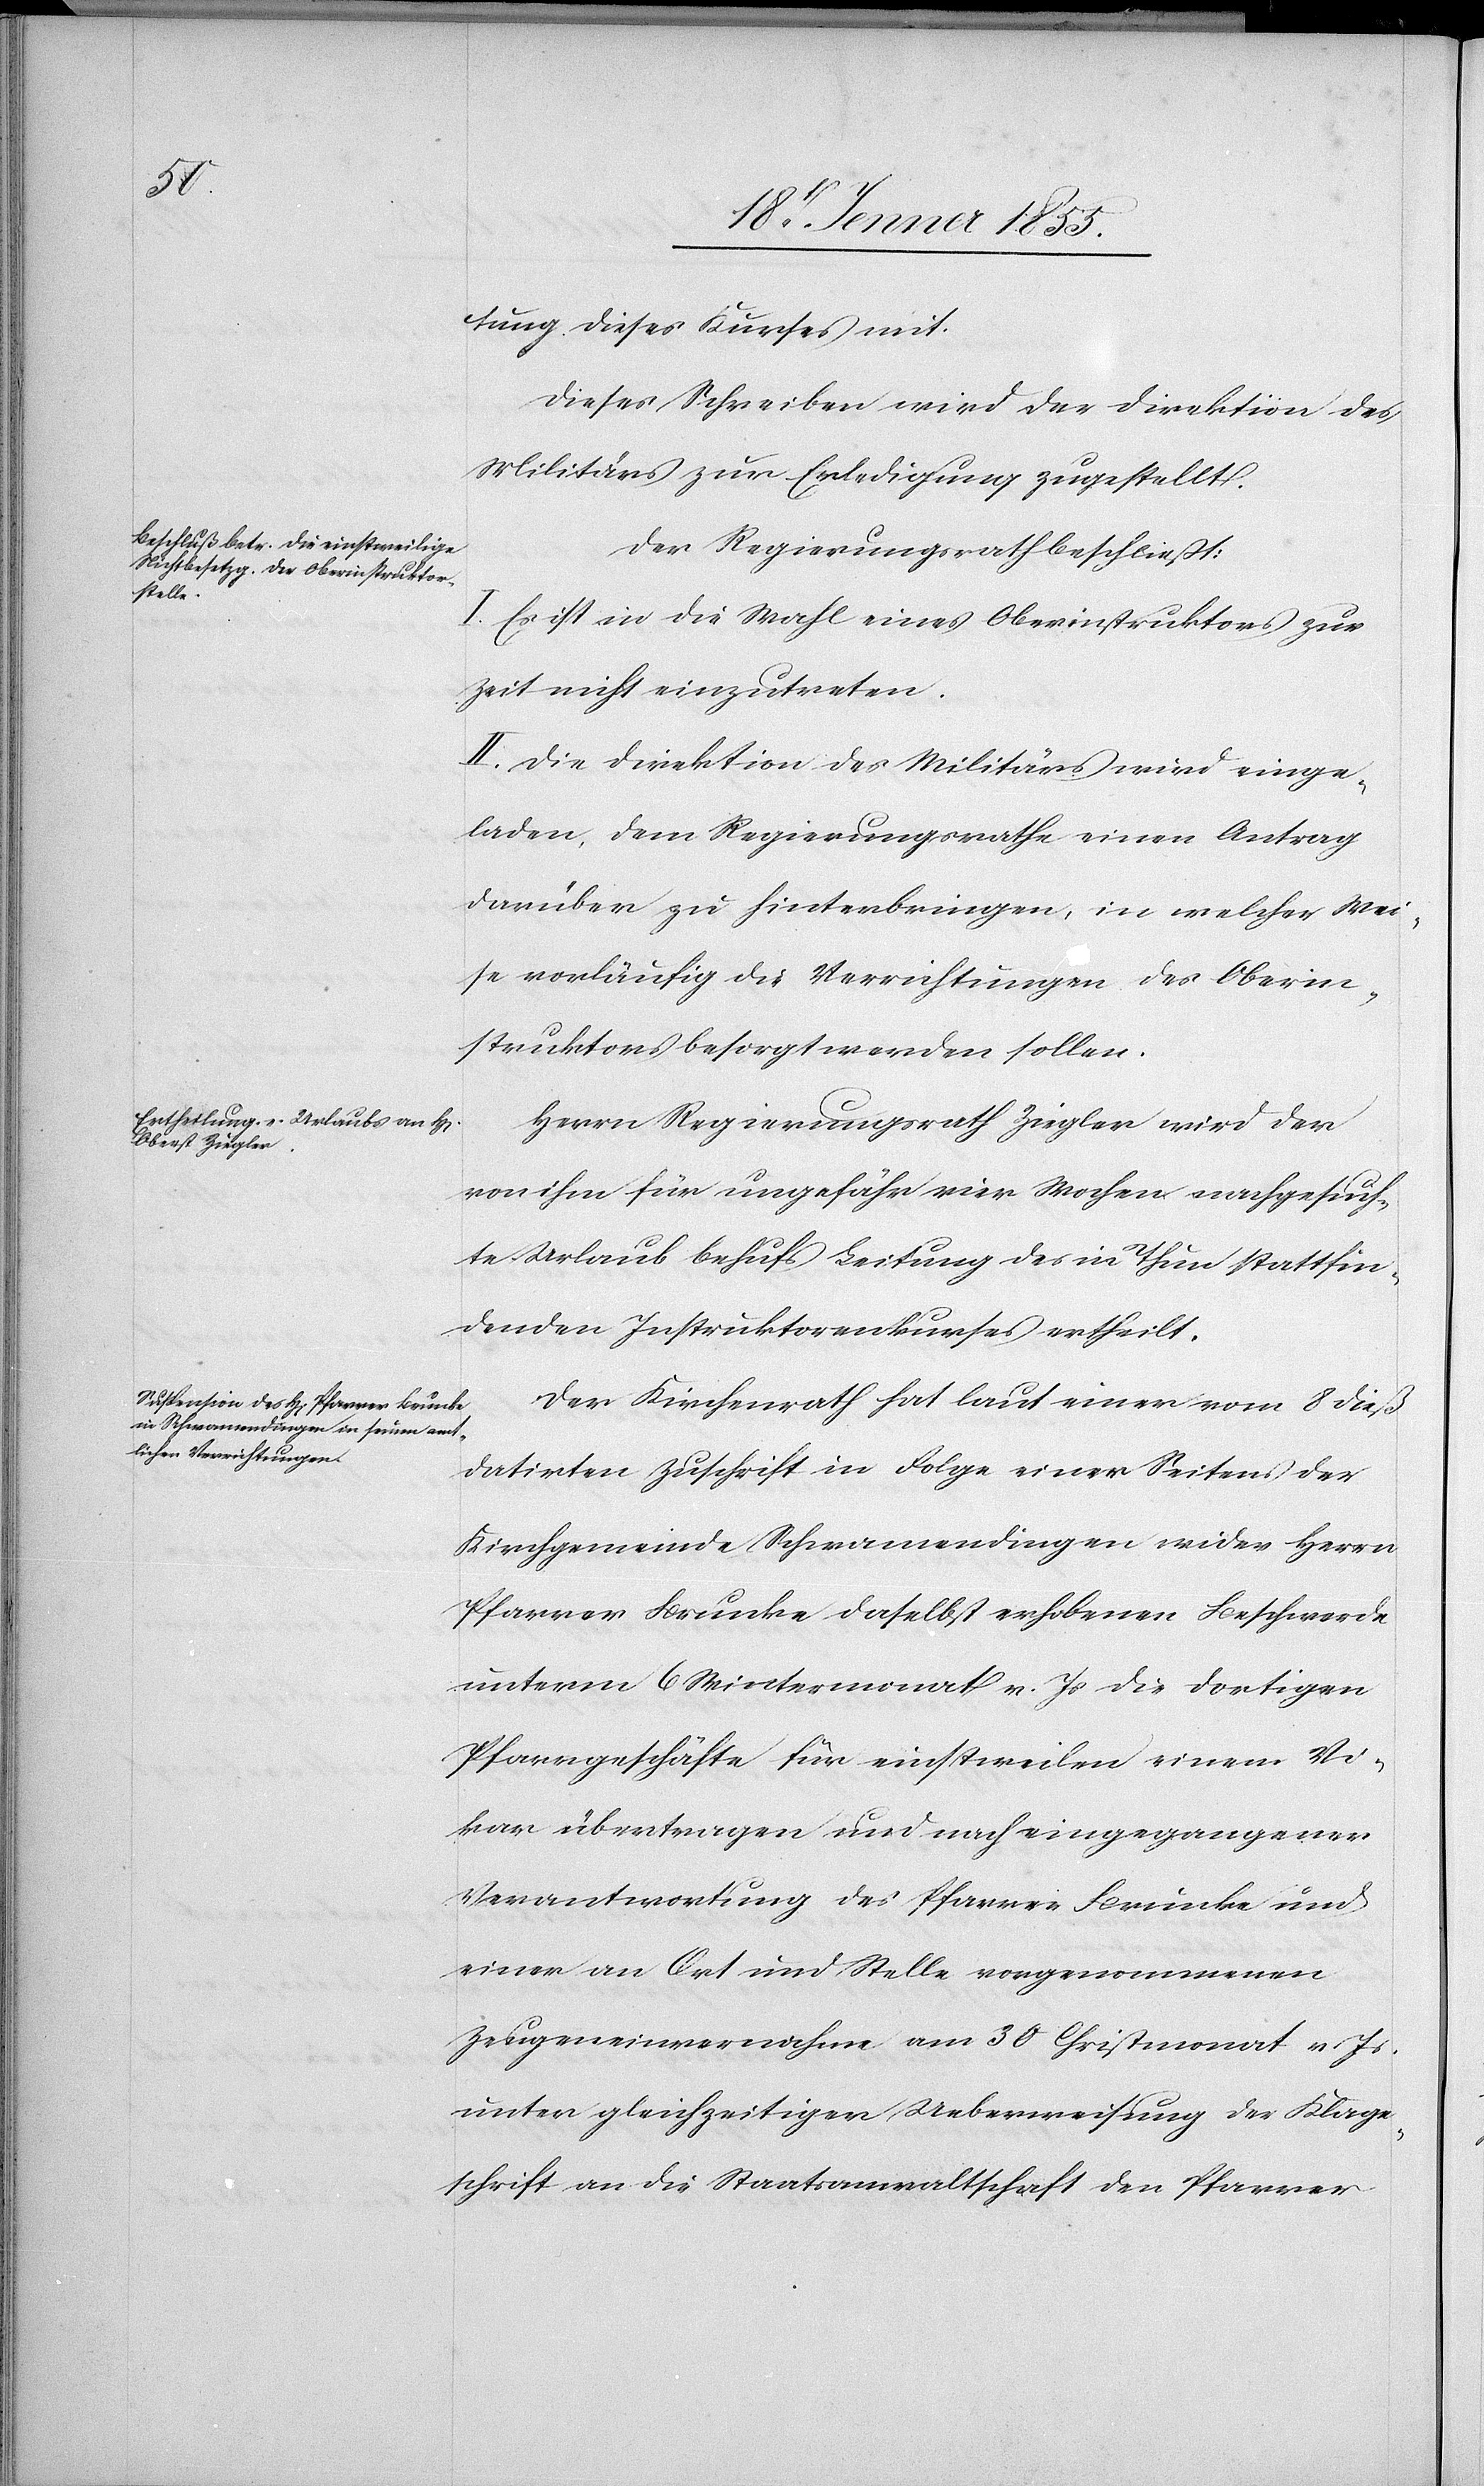
tung dieses Kurses mit.
Dieses Schreiben wird der Direktion des
Militärs zur Erledigung zugestellt.
Der Regierungsrath beschließt:
I. Es ist in die Wahl eines Oberinstruktors zur
Zeit nicht einzutreten.
II. Die Direktion des Militärs wird einge¬
laden, dem Regierungsrathe einen Antrag
darüber zu hinterbringen, in welcher Wei¬
se vorläufig die Verrichtungen des Oberin¬
struktors besorgt werden sollen.
Herrn Regierungsrath Ziegler wird der
von ihm für ungefähr vier Wochen nachgesuch¬
te Urlaub behufs Leitung des in Thun stattfin¬
denden Instruktorenkurses ertheilt.
Der Kirchenrath hat laut einer vom 8 dieß
datirten Zuschrift in Folge einer Seitens der
Kirchgemeinde Schwamendingen wider Herrn
Pfarrer Brunke daselbst erhobenen Beschwerde
unterm 6 Wintermonat v. Js die dortigen
Pfarrgeschäfte für einstweilen einem Vi¬
kar übertragen und nach eingegangener
Verantwortung des Pfarrer Brunke und
einer an Ort und Stelle vorgenommenen
Zeugeneinvernahme am 30 Christmonat v. Js.
unter gleichzeitiger Ueberweisung der Klage¬
schrift an die Staatsanwaltschaft den Pfarrer